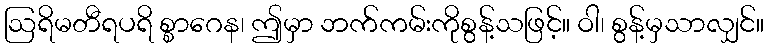
ဩရိမတီရပရိ စ္စာဂေန၊ ဤမှာ ဘက်ကမ်းကိုစွန့်သဖြင့်။ ဝါ၊ စွန့်မှသာလျှင်။